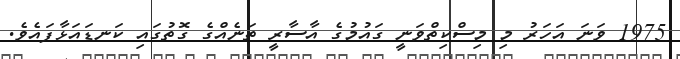
1975 ވަނަ އަހަރު މި މިސްކިތްވަނީ ގައުމުގެ އާސާރީ ތަނެއްގެ ގޮތުގައި ކަނޑައަޅާފައެވެ.